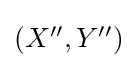
\textstyle (X'',Y'')